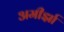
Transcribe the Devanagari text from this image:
अमीर्झा